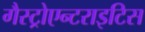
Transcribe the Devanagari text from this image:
गैस्ट्रोएन्टराइटिस